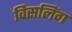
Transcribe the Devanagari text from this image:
विसलिंग